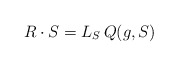
\begin{align*}R \cdot S = L_{S}\, Q(g,S)\end{align*}